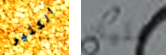
الكثير عليك